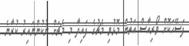
ފަސޭހަކޮށް ވޯރިއާސް އަތުން މޮޅުވި މެޗުގެ ފައިދާ މި މެޗަށް ނުކުންނައިރު ކުރާނެ